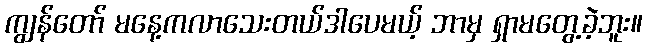
ကျွန်တော် မနေ့ကလာသေးတယ်ဒါပေမယ့် ဘာမှ ရှာမတွေ့ခဲ့ဘူး။